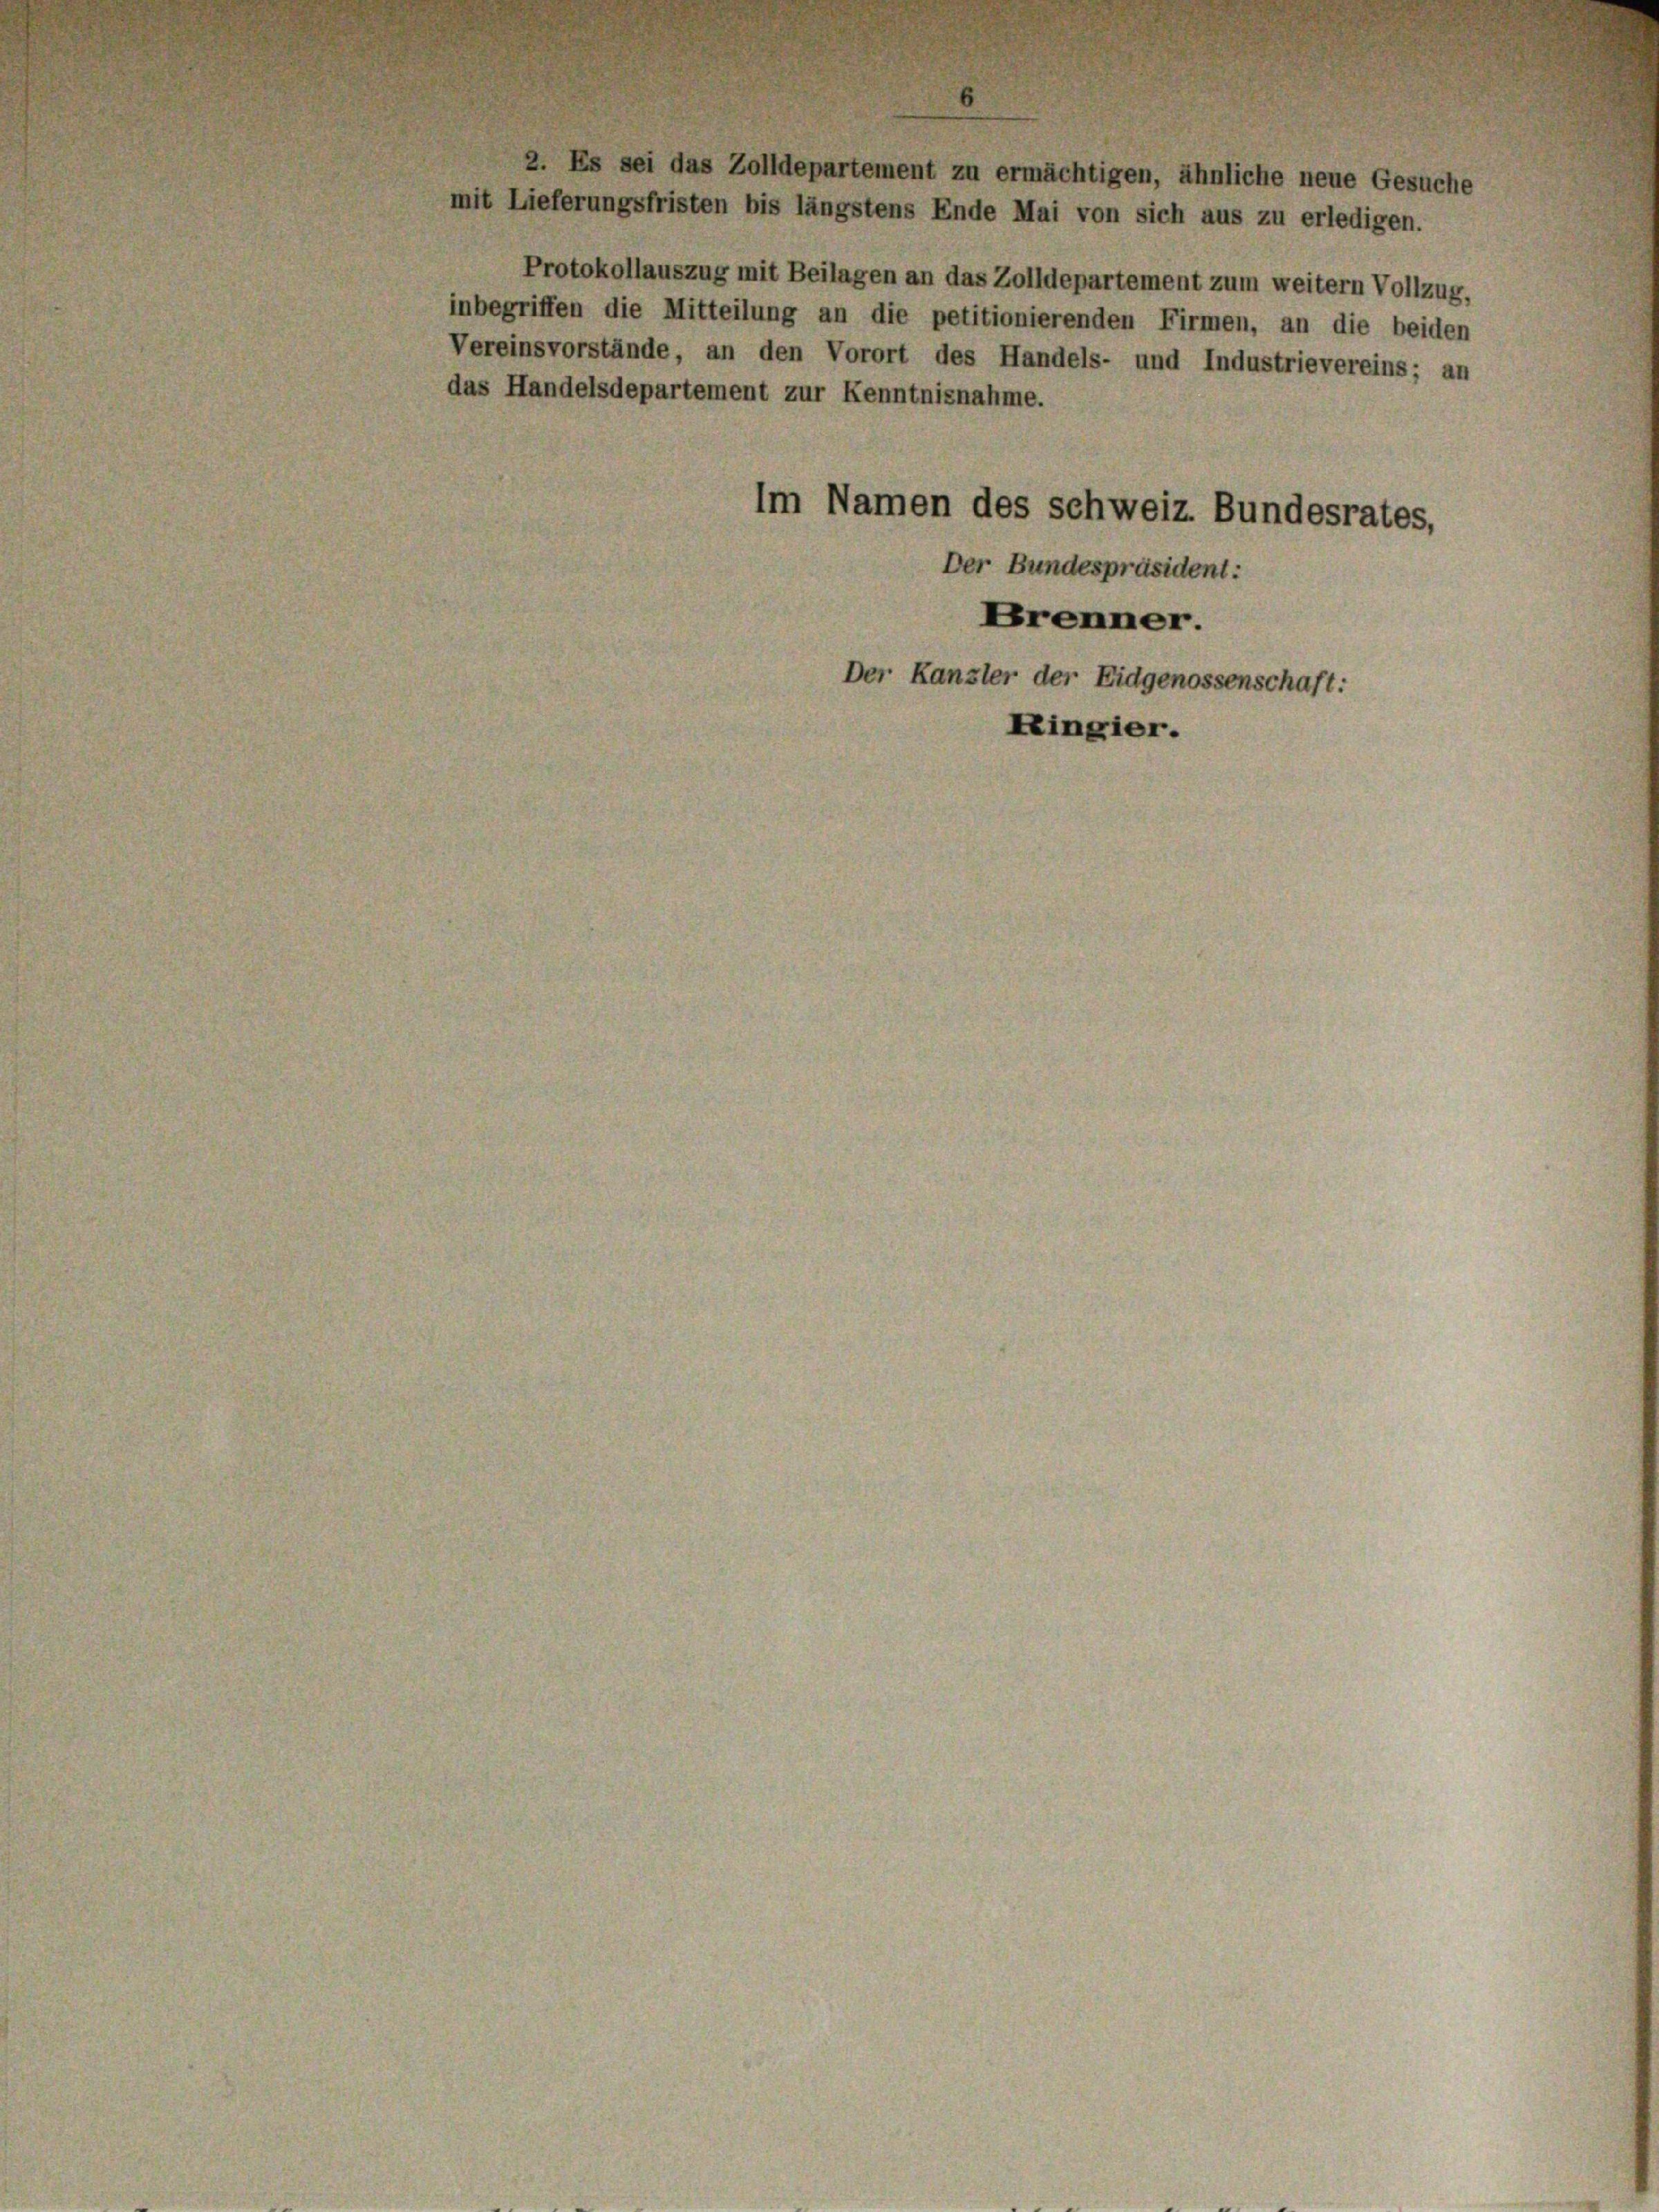
Protokollauszug mit Beilagen an das Zolldepartement zum weitern Vollzug,
inbegriffen die Mitteilung an die petitionierenden Firmen, an die beiden
Vereinsvorstände, an den Vorort des Handels- und Industrievereins; an
das Handelsdepartement zur Kenntnisnahme.
Im Namen des Schweiz. Bundesrates,
Der Bundespräsident:
Krenner.
Der Kanzler der Eidgenossenschaft:
Exingier.

2. Es sei das Zolldepartement zu ermächtigen, ähnliche neue Gesuche
mit Lieferungsfristen bis längstens Ende Mai von sich aus zu erledigen.